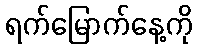
ရက်မြောက်နေ့ကို